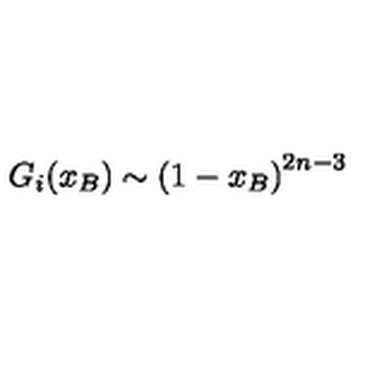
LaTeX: G _ { i } ( x _ { B } ) \sim \left( 1 - x _ { B } \right) ^ { 2 n - 3 }